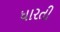
ધારતી